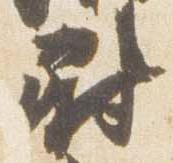
尉